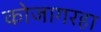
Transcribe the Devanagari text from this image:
कोजागरहा